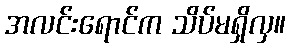
အလင်းရောင်က သိပ်မရှိလှ။